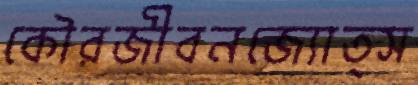
কৌরজীবনজ্যোত্স